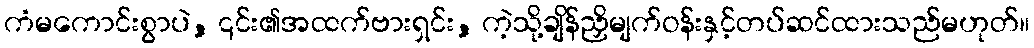
ကံမကောင်းစွာပဲ, ၎င်း၏အထက်ဗားရှင်း, ကဲ့သို့ချိန်ညှိမျက်ဝန်းနှင့်တပ်ဆင်ထားသည်မဟုတ်။